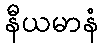
နီယမာနံ